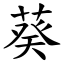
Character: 葵